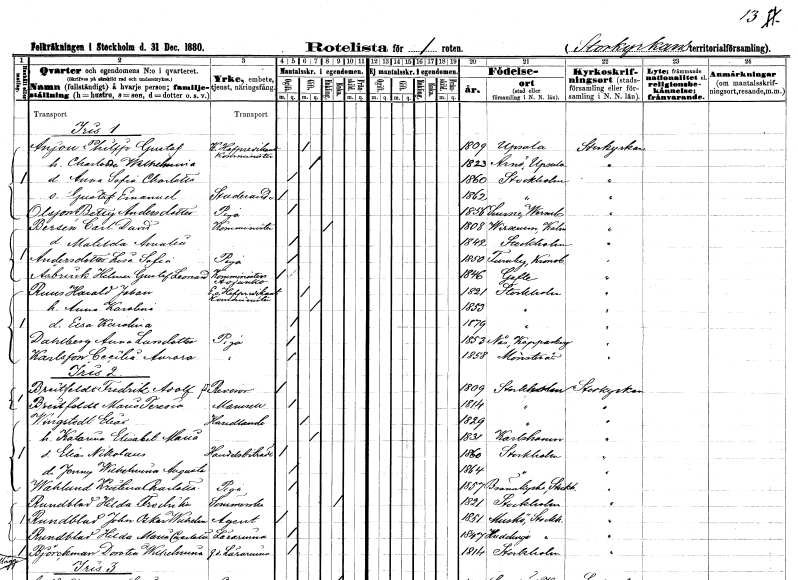
gt_parse: households: individuals: FN: Philip Gustaf
EN: Anjou
YRKE: Kunglig hovpredikant Komminister
KON: M
CIV: G
FODAR: 1809
FODFORS: Uppsala Uppsala län
FN: Charlotta Wilhelmina
KON: K
CIV: G
FODAR: 1823
FODFORS: Arnö Uppsala län
FN: Anna Sofia Charlotta
KON: K
CIV: O
FODAR: 1860
FODFORS: Stockholm
FN: Gustaf Emanuel
KON: M
CIV: O
FODAR: 1862
FODFORS: Stockholm
FN: Betty
EN: Olsson Andersdotter
YRKE: Piga
KON: K
CIV: O
FODAR: 1856
FODFORS: Sunne Värmlands län
FN: Carl David
EN: Bersén
YRKE: Komminister
KON: M
CIV: E
FODAR: 1808
FODFORS: Virserum Kalmar län
FN: Matilda Amalia
KON: K
CIV: O
FODAR: 1842
FODFORS: Stockholm
FN: Lisa Sofia
EN: Andersdotter
YRKE: Piga
KON: K
CIV: O
FODAR: 1850
FODFORS: Furuby Kronobergs län
FN: Helmer Gustaf Leonard
EN: Åsbrink
YRKE: Komminister Adjunkt
KON: M
CIV: O
FODAR: 1846
FODFORS: Gävle Gävleborgs län
FN: Harald Johan
EN: Ruus
YRKE: Kunglig hovpredikant Komminister
KON: M
CIV: G
FODAR: 1821
FODFORS: Stockholm
FN: Anna Karolina
KON: K
CIV: G
FODAR: 1853
FODFORS: Stockholm
FN: Elsa Karolina
KON: K
CIV: O
FODAR: 1879
FODFORS: Stockholm
FN: Anna
EN: Dahlberg Larsdotter
YRKE: Piga
KON: K
CIV: O
FODAR: 1853
FODFORS: Nås Kopparbergs län
FN: Cecilia Aurora
EN: Karlsson
YRKE: Piga
KON: K
CIV: O
FODAR: 1858
FODFORS: Mönsterås Kalmar län
FN: Fredrik Adolf
EN: Breitfeldt
YRKE: Revisor
KON: M
CIV: O
FODAR: 1809
FODFORS: Stockholm
FN: Maria Teresia
EN: Breitfeldt
KON: K
CIV: O
FODAR: 1814
FODFORS: Stockholm
FN: Elias
EN: Wingstedt
YRKE: Handlande
KON: M
CIV: G
FODAR: 1829
FODFORS: Stockholm
FN: Katarina Elisabet Maria
KON: K
CIV: G
FODAR: 1831
FODFORS: Karlshamn Blekinge län
FN: Elias Nikolaus
YRKE: Handelsbiträde
KON: M
CIV: O
FODAR: 1860
FODFORS: Stockholm
FN: Jenny Wilhelmina Augusta
KON: K
CIV: O
FODAR: 1864
FODFORS: Stockholm
FN: Kristina Charlotta
EN: Wahlund
YRKE: Piga
KON: K
CIV: O
FODAR: 1857
FODFORS: Brännkyrka Stockholms län